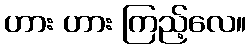
ဟား ဟား ကြည့်လေ။